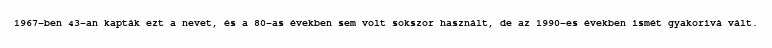
1967-ben 43-an kapták ezt a nevet, és a 80-as években sem volt sokszor használt, de az 1990-es években ismét gyakorivá vált.